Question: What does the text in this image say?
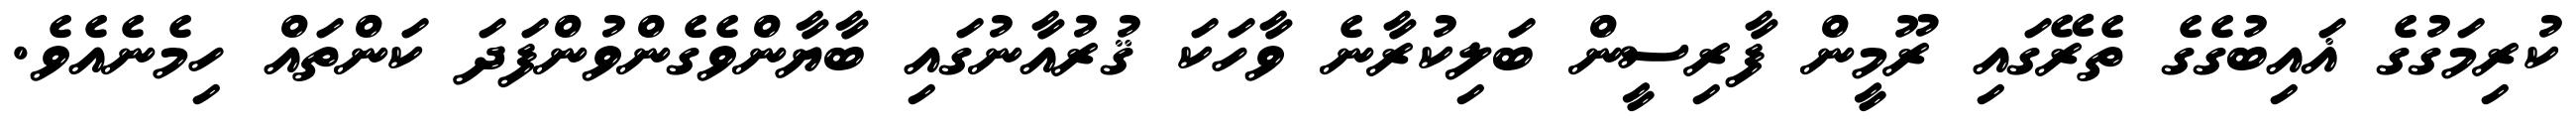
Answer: ކުރިމަގުގެ ޣައިބުގެގެ ތެރޭގައި ރޫމީން ފާރިސީން ބަލިކުރާނެ ވާހަކަ ޤުރުއާނުގައި ބާޔާންވެގެންވުންފަދަ ކަންތައް ހިމެނެއެވެ.